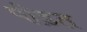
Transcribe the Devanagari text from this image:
पी़डत